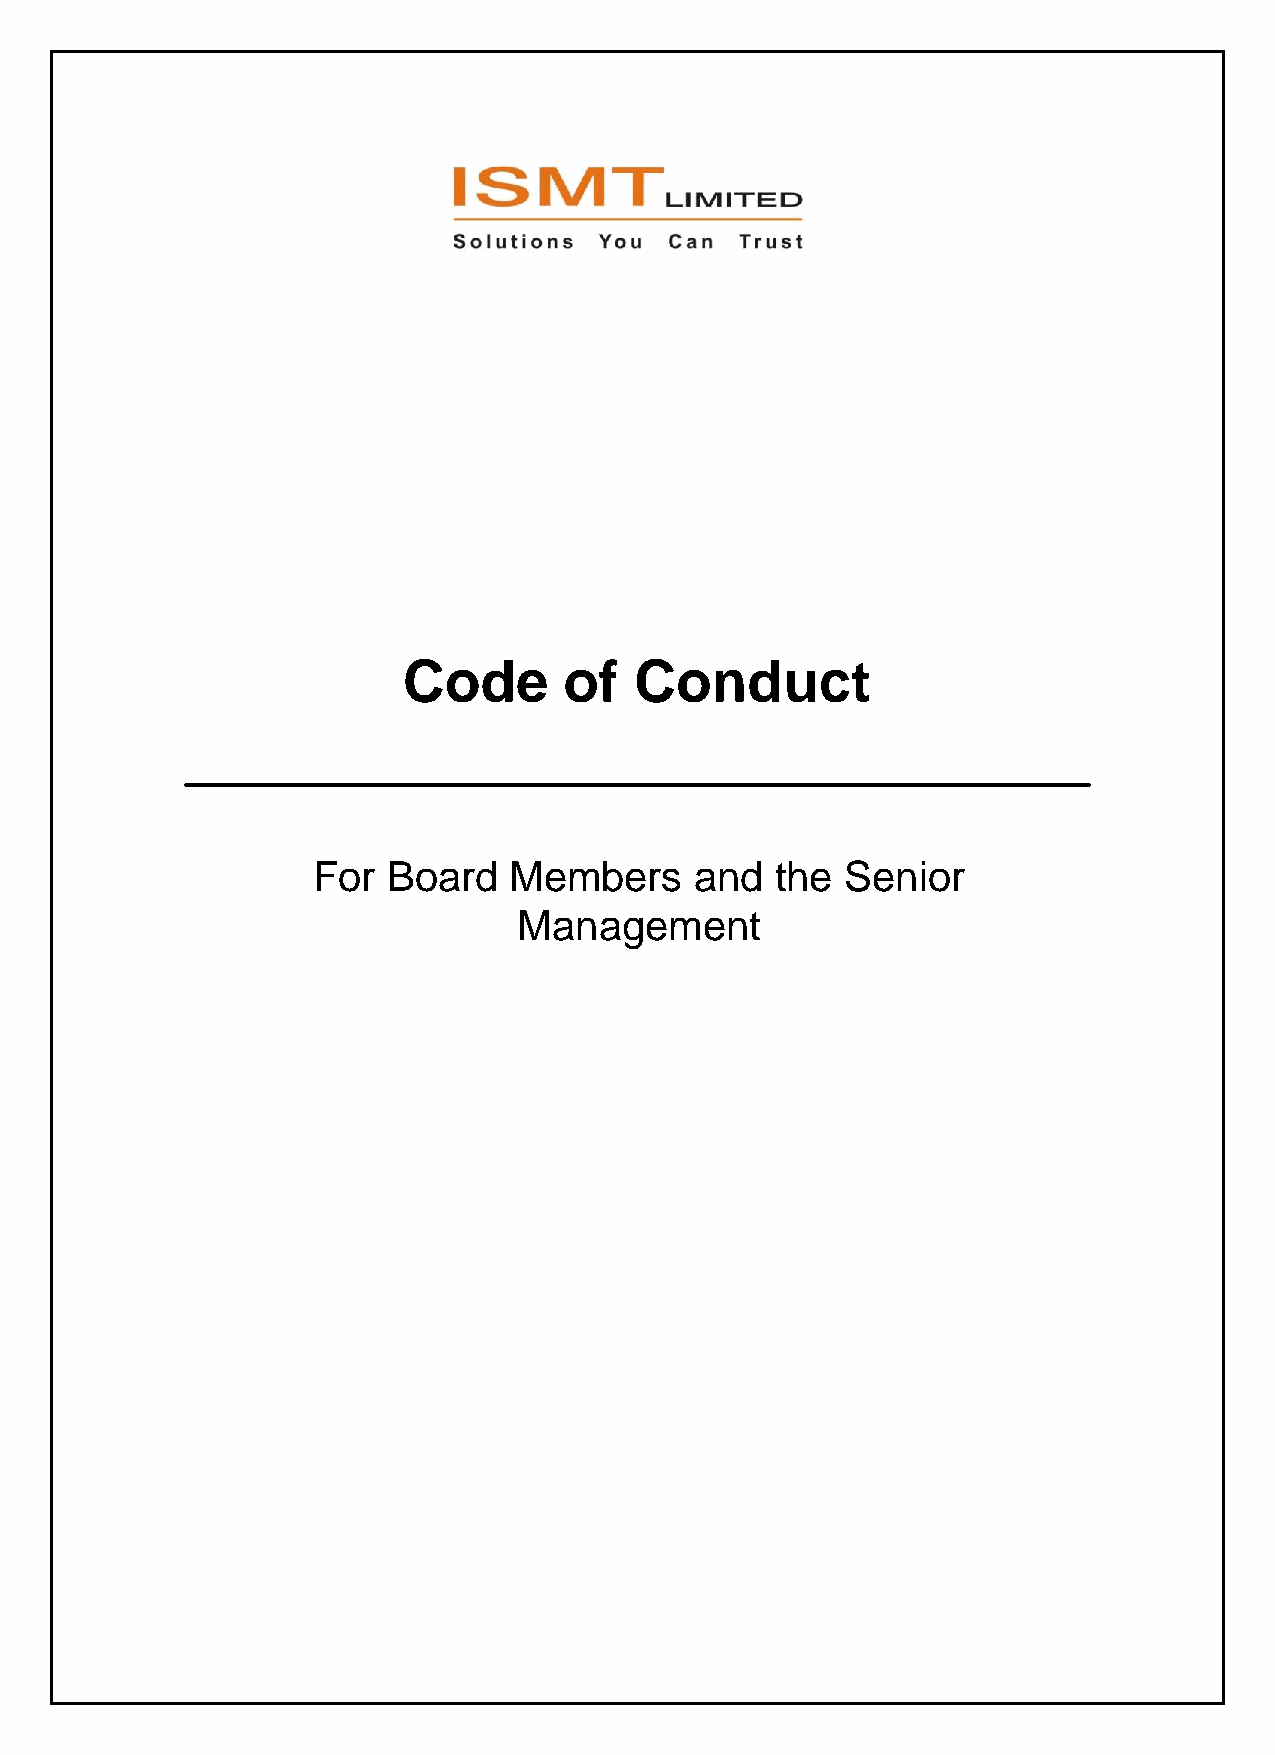
Code      of   Conduct
 For  Board   Members     and  the  Senior
 Management